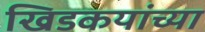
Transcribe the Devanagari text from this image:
खिडकयांच्या